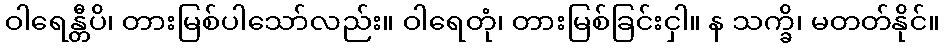
ဝါရေန္တီပိ၊ တားမြစ်ပါသော်လည်း။ ဝါရေတုံ၊ တားမြစ်ခြင်းငှါ။ န သက္ခိ၊ မတတ်နိုင်။